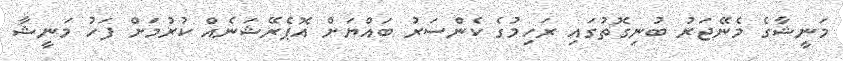
މަނީޝާގެ މެނޭޖަރު ބުނިގޮތުގައި ރަހިމުގެ ކެންސަރު ބައްޔަށް އޮޕެރޭޝަނެއް ކުރުމަށް ފަހު މަނީޝާ